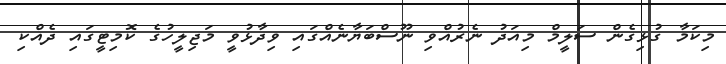
މިކަމާ ގުޅިގެން ސަލީމް މިއަދު ނެރުއްވި ނޫސްބަޔާނެއްގައި ވިދާޅުވީ މަޖިލީހުގެ ކޮމިޓީގައި ދެއްކި